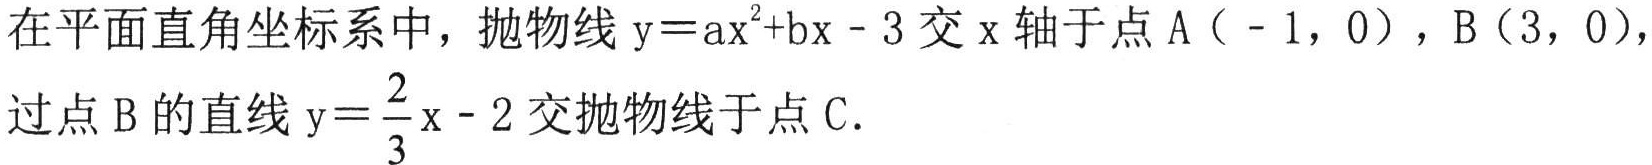
在平面直角坐标系中，抛物线\(y = ax^{2}+bx - 3\)交\(x\)轴于点\(A(-1,0)\)，\(B(3,0)\)，过点\(B\)的直线\(y = \dfrac{2}{3}x - 2\)交抛物线于点\(C\).